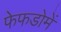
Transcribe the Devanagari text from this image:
फेफडोमें